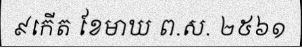
៩កើត ខែមាឃ ព.ស. ២៥៦១